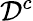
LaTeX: \mathcal{D}^{c}